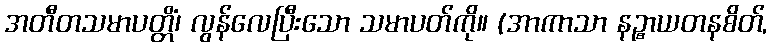
အတီတသမာပတ္တိံ၊ လွန်လေပြီးသော သမာပတ်ကို။ (အာကာသာ နဉ္စာယတနစိတ်,